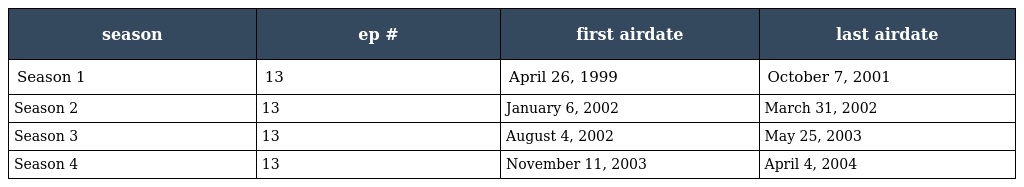
| season | ep # | first airdate | last airdate |
 | --- | --- | --- | --- |
 | Season 1 | 13 | April 26, 1999 | October 7, 2001 |
 | Season 2 | 13 | January 6, 2002 | March 31, 2002 |
 | Season 3 | 13 | August 4, 2002 | May 25, 2003 |
 | Season 4 | 13 | November 11, 2003 | April 4, 2004 |